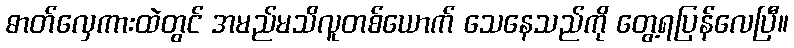
ဓာတ်လှေကားထဲတွင် အမည်မသိလူတစ်ယောက် သေနေသည်ကို တွေ့ရပြန်လေပြီ။